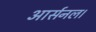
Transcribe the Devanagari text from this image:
आर्सनल।